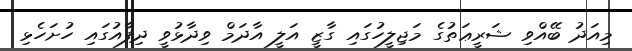
މިއަދު ބޭއްވި ޝަރީޢަތުގެ މަޖިލީހުގައި ގާޒީ އަލީ އާދަމް ވިދާޅުވީ ދިފާއުގައި ހުށަހެޅި